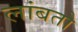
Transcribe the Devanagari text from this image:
लांबतो